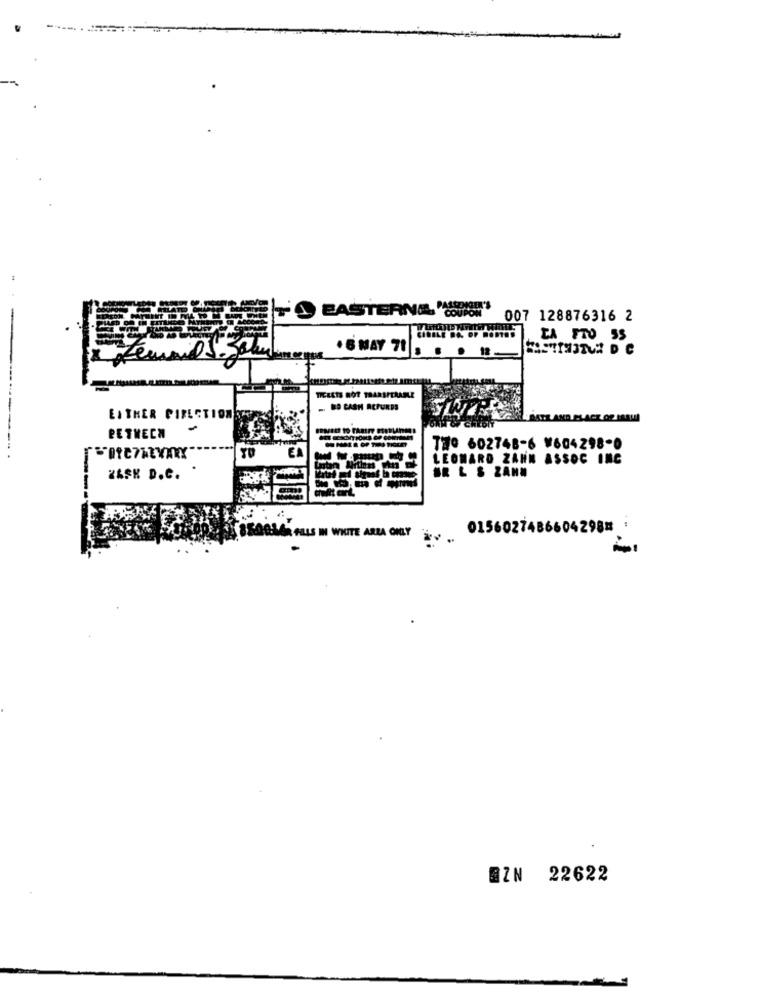
EASTERNA "SRST'
007 128876316 2
EA FTO 55
+ 6 MAY 71
FASTIN3TUA D C
.. ..
TICKETS NOT TRANSFERABLE
BD CASH REFUNDS
EITHER PIRECTION
& chibi
PETNECH
------
T20 602748-6 ¥604298-0
----------.
LEONARD ZAHN ASSOC INC
SR L & ZAHN
ZASK D.C.
GUMMIR HILLS IN WHITE ARRA ONLY
0156027486604298* *
BZN 22622